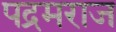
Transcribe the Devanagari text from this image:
पद्रमराज